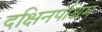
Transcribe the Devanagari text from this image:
दक्षिनपश्चिम